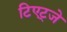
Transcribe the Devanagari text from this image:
टिएट्जे